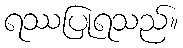
ရဿပြုရသည်။